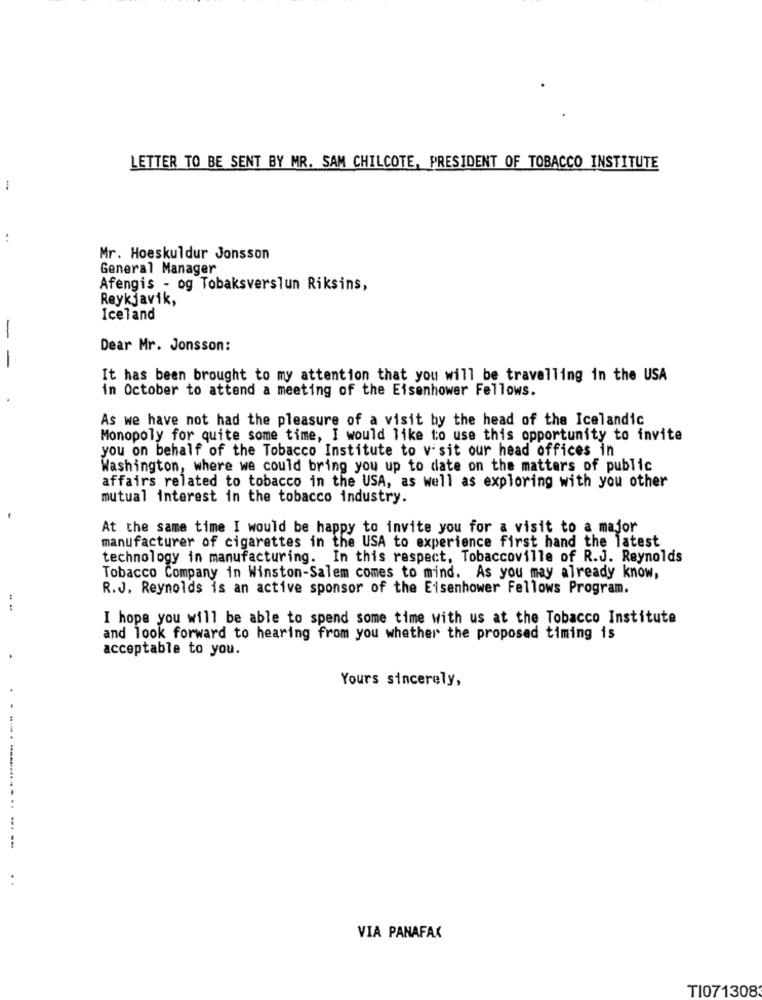
LETTER TO BE SENT BY MR. SAM CHILCOTE, PRESIDENT OF TOBACCO INSTITUTE
-
. .
Mr. Hoeskuldur Jonsson
General Manager
Afengis - og Tobaksverslun Riksins,
Reykjavik,
Iceland
-
Dear Mr. Jonsson:
-
It has been brought to my attention that you will be travelling in the USA
in October to attend a meeting of the Eisenhower Fellows.
As we have not had the pleasure of a visit by the head of the Icelandic
Monopoly for quite some time, I would like to use this opportunity to invite
you on behalf of the Tobacco Institute to visit our head offices in
Washington, where we could bring you up to date on the matters of public
affairs related to tobacco in the USA, as well as exploring with you other
mutual interest in the tobacco industry.
At the same time I would be happy to invite you for a visit to a major
manufacturer of cigarettes in the USA to experience first hand the latest
technology in manufacturing. In this respect, Tobaccoville of R.J. Reynolds
Tobacco Company in Winston-Salem comes to mind. As you may already know,
R.J. Reynolds is an active sponsor of the Eisenhower Fellows Program.
I hope you will be able to spend some time with us at the Tobacco Institute
and look forward to hearing from you whether the proposed timing is
acceptable to you.
Yours sincerely,
...
...
VIA PANAFAX
T1071308